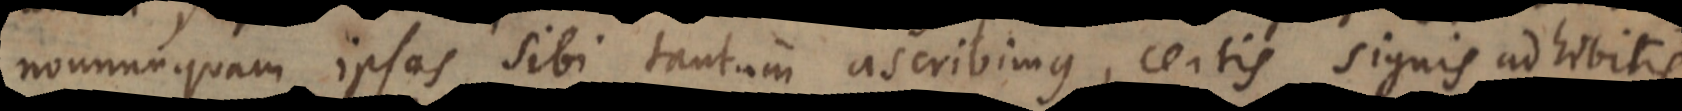
nonnunquam ipsas sibi tantum ascribimus, certis signis adhibitis